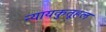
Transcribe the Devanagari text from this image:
न्यायकुतूहल